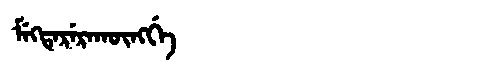
Manchu: ᠮᡝᡴᡨᡝᡵᡝᡵᠠᡴᡡᠩᡤᡝ
Romanization: MEKTERERAKŪNGGE